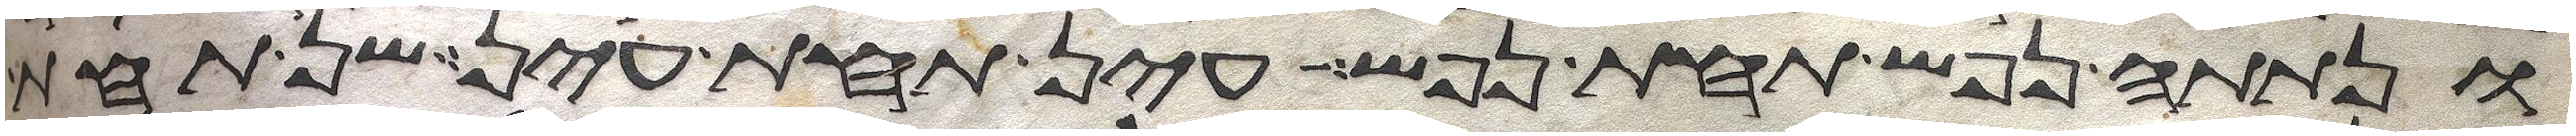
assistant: ונתתה נפש תחת נפש עין תחת עין שן תחת